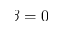
\beta = 0